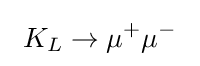
\ K_{L}\to \mu ^{+}\mu ^{-}\